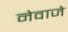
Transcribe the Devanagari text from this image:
नेवाजे